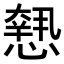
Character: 𢡶